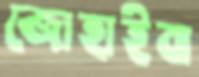
জোহাইবা